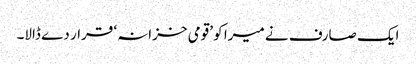
ایک صارف نے میرا کو ’قومی خزانہ‘ قرار دے ڈالا۔